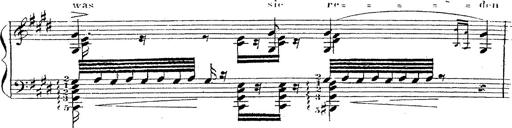
Title: 12 Lieder von Franz Schubert
Composer: Franz Liszt